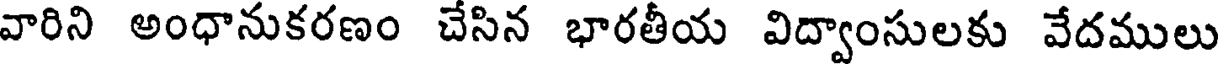
వారిని అంధానుకరణం చేసిన భారతీయ విద్వాంసులకు వేదములు